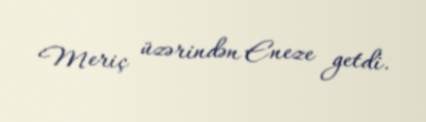
Meriç üzərindən Eneze getdi.